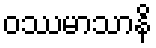
ဝဿမာသာနိ